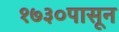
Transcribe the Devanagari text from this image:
१७३०पासून